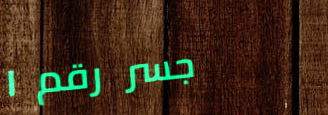
جسر رقم ١